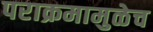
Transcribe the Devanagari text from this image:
पराक्रमामुळेच